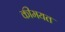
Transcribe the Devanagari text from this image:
कीमयत